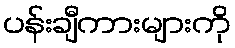
ပန်းချီကားများကို